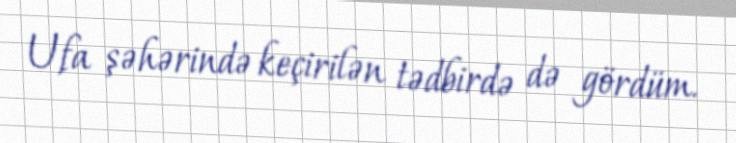
Ufa şəhərində keçirilən tədbirdə də gördüm.